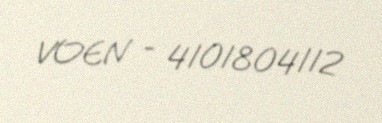
VOEN - 4101804112